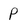
Character: P